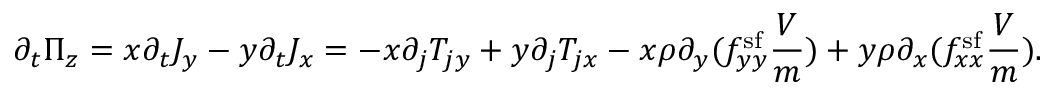
\partial _ { t } \Pi _ { z } = x \partial _ { t } J _ { y } - y \partial _ { t } J _ { x } = - x \partial _ { j } T _ { j y } + y \partial _ { j } T _ { j x } - x \rho \partial _ { y } ( f _ { y y } ^ { \mathrm { s f } } \frac { V } { m } ) + y \rho \partial _ { x } ( f _ { x x } ^ { \mathrm { s f } } \frac { V } { m } ) .